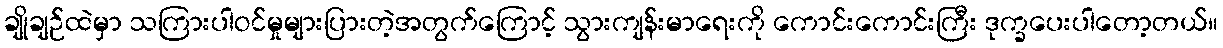
ချိုချဉ်ထဲမှာ သကြားပါဝင်မှုများပြားတဲ့အတွက်ကြောင့် သွားကျန်းမာရေးကို ကောင်းကောင်းကြီး ဒုက္ခပေးပါတော့တယ်။